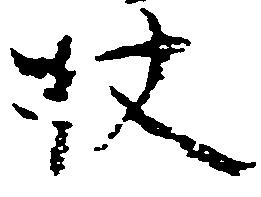
杖